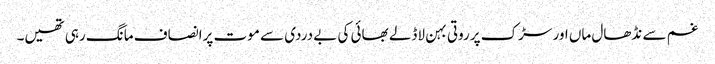
غم سے نڈھال ماں اور سڑک پرروتی بہن لاڈلے بھائی کی بے دردی سے موت پرانصاف مانگ رہی تھیں۔